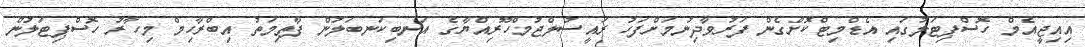
އިއިޖީއެމް ހޮސްޕިޓަލުގައި އެޑްމިޓްކޮށްގެން ފަރުވާދިނުމަށްފަހު ރައީސުލްޖުމްހޫރިއްޔާގެ އަނބިކަނބަލުން ފާތިމަތު އިބްރާހިމް މިހާރު ހޮސްޕިޓަލުން